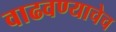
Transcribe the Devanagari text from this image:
वाढवण्याचेच